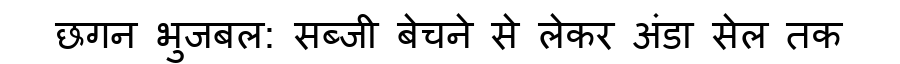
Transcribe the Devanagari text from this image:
छगन भुजबल: सब्जी बेचने से लेकर अंडा सेल तक